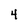
Character: 4